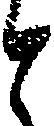
と